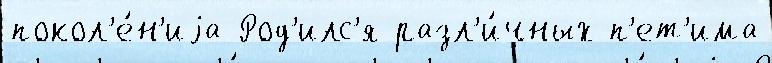
покол'е́н'иjа Род'илс'я разл'и́чных п'ет'има